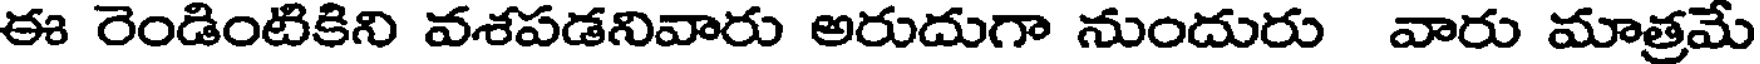
ఈ రెండింటికిని వశపడనివారు అరుదుగా నుందురు వారు మాత్రమే